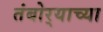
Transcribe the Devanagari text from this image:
तंबोर्‍याच्या